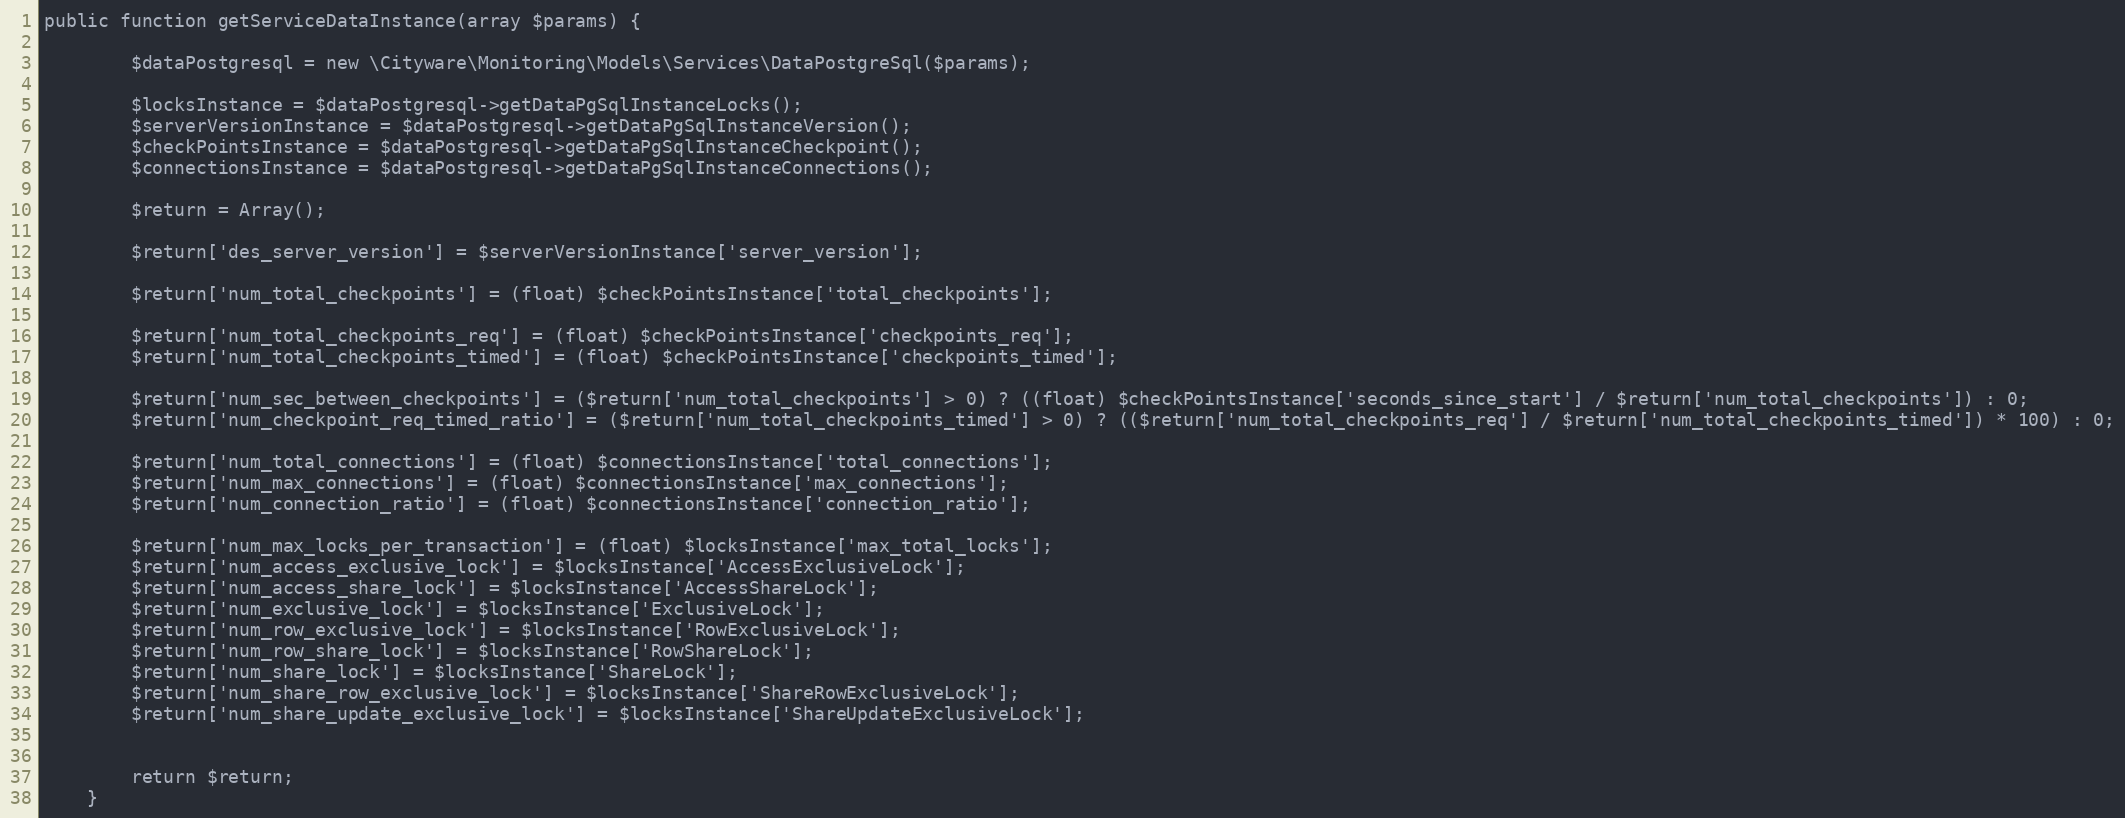
Language: PHP
public function getServiceDataInstance(array $params) {

        $dataPostgresql = new \Cityware\Monitoring\Models\Services\DataPostgreSql($params);

        $locksInstance = $dataPostgresql->getDataPgSqlInstanceLocks();
        $serverVersionInstance = $dataPostgresql->getDataPgSqlInstanceVersion();
        $checkPointsInstance = $dataPostgresql->getDataPgSqlInstanceCheckpoint();
        $connectionsInstance = $dataPostgresql->getDataPgSqlInstanceConnections();

        $return = Array();

        $return['des_server_version'] = $serverVersionInstance['server_version'];

        $return['num_total_checkpoints'] = (float) $checkPointsInstance['total_checkpoints'];

        $return['num_total_checkpoints_req'] = (float) $checkPointsInstance['checkpoints_req'];
        $return['num_total_checkpoints_timed'] = (float) $checkPointsInstance['checkpoints_timed'];

        $return['num_sec_between_checkpoints'] = ($return['num_total_checkpoints'] > 0) ? ((float) $checkPointsInstance['seconds_since_start'] / $return['num_total_checkpoints']) : 0;
        $return['num_checkpoint_req_timed_ratio'] = ($return['num_total_checkpoints_timed'] > 0) ? (($return['num_total_checkpoints_req'] / $return['num_total_checkpoints_timed']) * 100) : 0;

        $return['num_total_connections'] = (float) $connectionsInstance['total_connections'];
        $return['num_max_connections'] = (float) $connectionsInstance['max_connections'];
        $return['num_connection_ratio'] = (float) $connectionsInstance['connection_ratio'];

        $return['num_max_locks_per_transaction'] = (float) $locksInstance['max_total_locks'];
        $return['num_access_exclusive_lock'] = $locksInstance['AccessExclusiveLock'];
        $return['num_access_share_lock'] = $locksInstance['AccessShareLock'];
        $return['num_exclusive_lock'] = $locksInstance['ExclusiveLock'];
        $return['num_row_exclusive_lock'] = $locksInstance['RowExclusiveLock'];
        $return['num_row_share_lock'] = $locksInstance['RowShareLock'];
        $return['num_share_lock'] = $locksInstance['ShareLock'];
        $return['num_share_row_exclusive_lock'] = $locksInstance['ShareRowExclusiveLock'];
        $return['num_share_update_exclusive_lock'] = $locksInstance['ShareUpdateExclusiveLock'];

        return $return;
    }